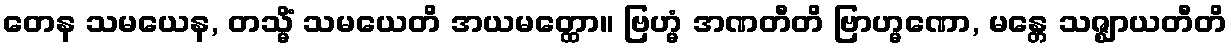
တေန သမယေန, တသ္မိံ သမယေတိ အယမတ္ထော။ ဗြဟ္မံ အဏတီတိ ဗြာဟ္မဏော, မန္တေ သဇ္ဈာယတီတိ